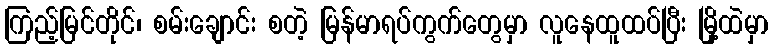
ကြည့်မြင်တိုင်၊ စမ်းချောင်း စတဲ့ မြန်မာရပ်ကွက်တွေမှာ လူနေထူထပ်ပြီး မြို့ထဲမှာ